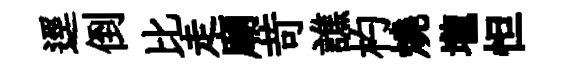
逕倒比走廟苛譙杓燒壠怛